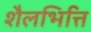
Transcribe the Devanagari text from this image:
शैलभित्ति